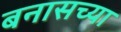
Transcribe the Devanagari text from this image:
बनासच्या